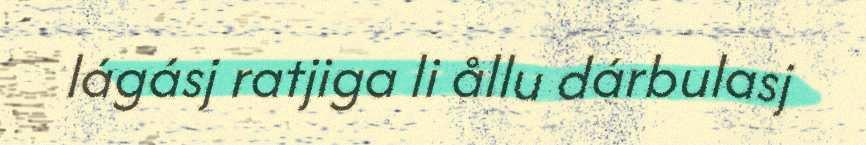
lágásj ratjiga li ållu dárbulasj